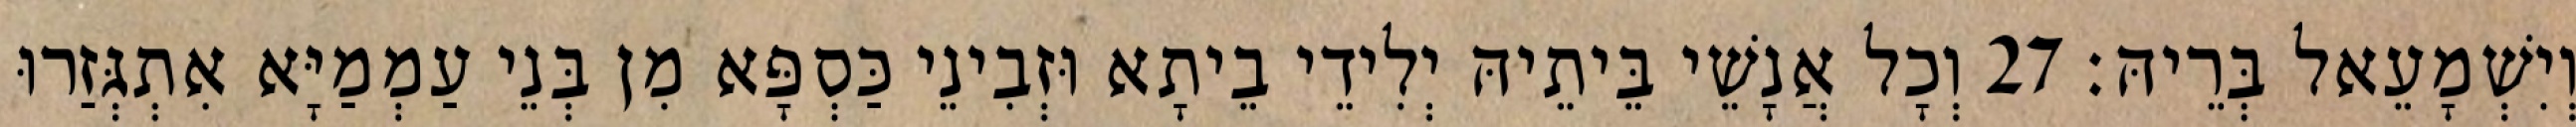
וְיִשְׁמָעֵאל בְּרֵיהּ׃ 27 וְכָל אֲנָשֵׁי בֵּיתֵיהּ יְלִידֵי בֵיתָא וּזְבִינֵי כַּסְפָּא מִן בְּנֵי עַמְמַיָּא אִתְגְּזַרוּ